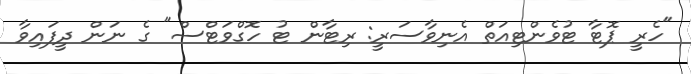
"ހެރީ ޕޮޓާ ޓުވެންޓިއަތް އެނިވާސަރީ: ރިޓާން ޓު ހޮގްވަޓްސް" ގެ ނަން ދީފައިވާ